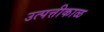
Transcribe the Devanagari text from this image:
उत्पत्तीकाळ